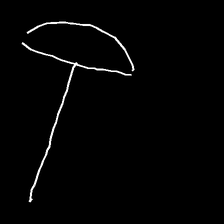
Glyph: dispersion